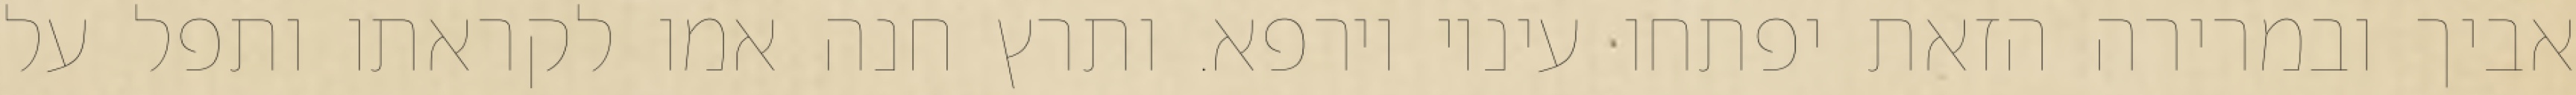
אביך ובמרירה הזאת יפתחו עיניו וירפא. ותרץ חנה אמו לקראתו ותפל על